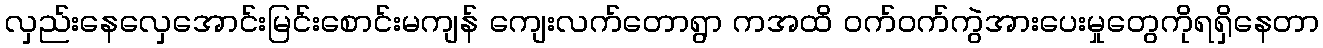
လှည်းနေလှေအောင်းမြင်းစောင်းမကျန် ကျေးလက်တောရွာ ကအထိ ဝက်ဝက်ကွဲအားပေးမှုတွေကိုရရှိနေတာ